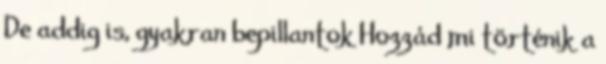
De addig is, gyakran bepillantok Hozzád mi történik a